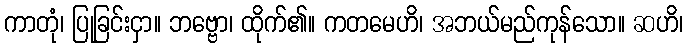
ကာတုံ၊ ပြုခြင်းငှာ။ ဘဗ္ဗော၊ ထိုက်၏။ ကတမေဟိ၊ အဘယ်မည်ကုန်သော။ ဆဟိ၊